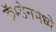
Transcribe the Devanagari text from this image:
कॅम्डेनमध्ये